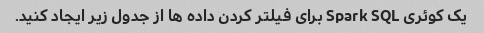
یک کوئری Spark SQL برای فیلتر کردن داده ها از جدول زیر ایجاد کنید.